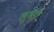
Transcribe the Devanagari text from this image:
लुगड़ी